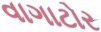
વાગાટોર